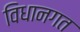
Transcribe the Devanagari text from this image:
विधानगत